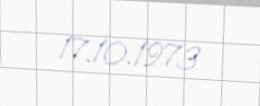
17.10.1973